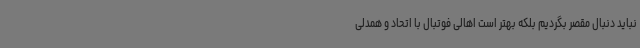
نباید دنبال مقصر بگردیم بلکه بهتر است اهالی فوتبال با اتحاد و همدلی